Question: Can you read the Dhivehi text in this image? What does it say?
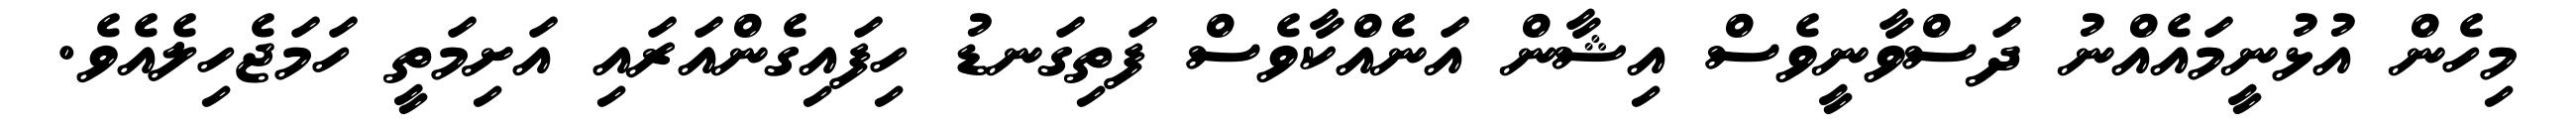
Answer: މިހެން އުޅުނީމައެއްނު ދަސްވާނީވެސް އިޝާން އަނެއްކާވެސް ފަތިގަނޑު ހިފައިގެންއަރައި އަށިމަތީ ހަމަޖެހިލެއެވެ.